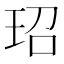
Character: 玿